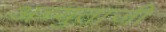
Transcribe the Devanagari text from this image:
अच्युताजी